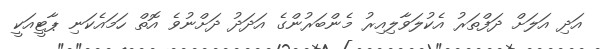
އަދި އަލަށް ދަފްތަރު އެކުލަވާލިއިރު މެންބަރުންގެ އަދަދު ދަށްނުވެ އޮތް ހަމައެކަނި ޕާޓީއަކީ